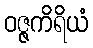
ဝဇ္ဇကိရိယံ